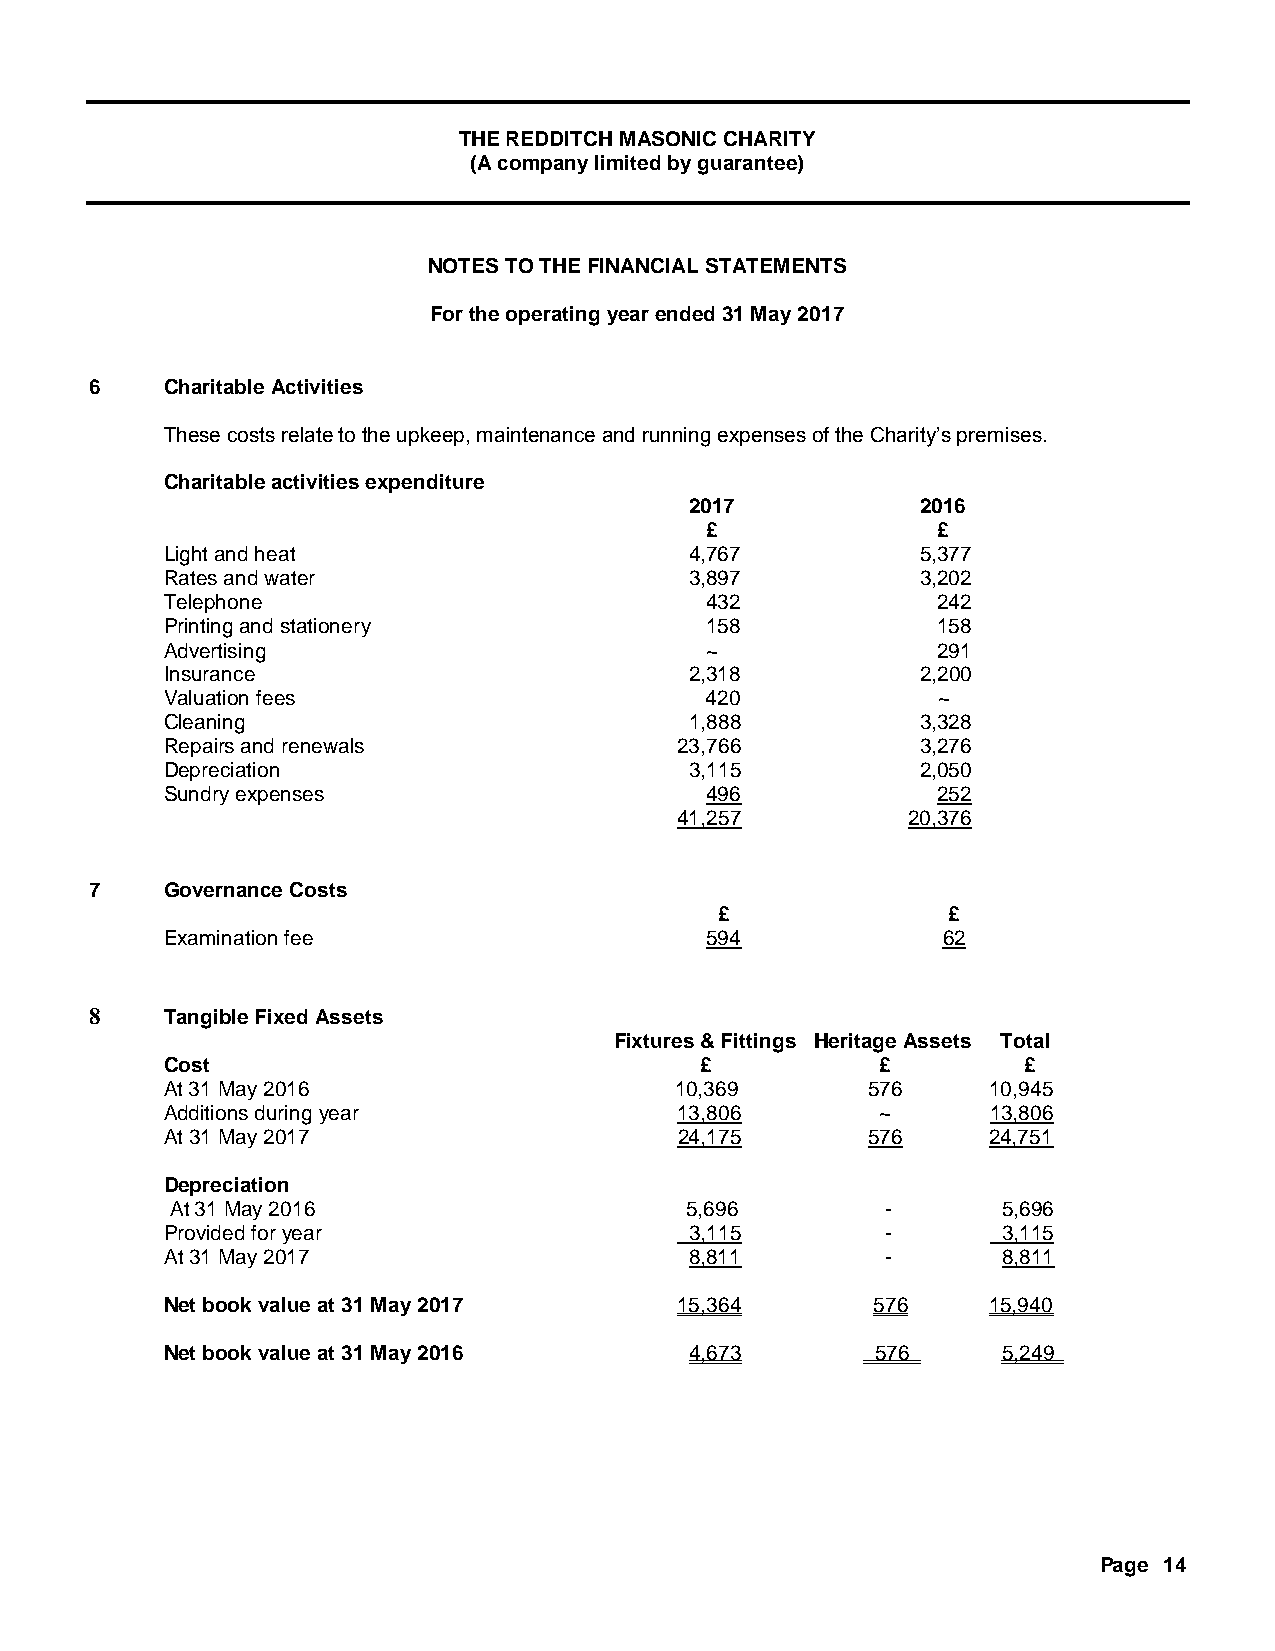
THE REDDITCH MASONIC CHARITY
 (A company limited by guarantee)
 NOTES TO THE FINANCIAL STATEMENTS
 For the operating year ended 31 May 2017
 6    Charitable Activities
 These costs relate to the upkeep, maintenance and running expenses of the Charity’s premises.
 Charitable activities expenditure
 2017           2016
 £              £
 Light and heat                     4,767          5,377
 Rates and water                    3,897          3,202
 Telephone                           432            242
 Printing and stationery             158            158
 Advertising                         ~              291
 Insurance                          2,318          2,200
 Valuation fees                      420            ~
 Cleaning                           1,888          3,328
 Repairs and renewals              23,766          3,276
 Depreciation                       3,115          2,050
 Sundry expenses                     496            252
 41,257         20,376
 7    Governance Costs
 £              £
 Examination fee                     594            62
 8    Tangible Fixed Assets
 Fixtures & Fittings Heritage Assets Total
 Cost                               £           £         £
 At 31 May 2016                    10,369      576      10,945
 Additions during year             13,806       ~       13,806
 At 31 May 2017                    24,175      576     24,751
 Depreciation
 At 31 May 2016                    5,696         -      5,696
 Provided for year                  3,115        -      3,115
 At 31 May 2017                     8,811        -      8,811
 Net book value at 31 May 2017     15,364       576    15,940
 Net book value at 31 May 2016      4,673       576     5,249
 Page 14